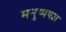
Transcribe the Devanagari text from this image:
मनुष्ययज्ञ